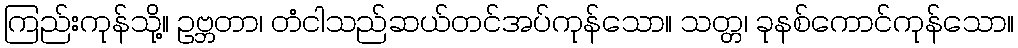
ကြည်းကုန်သို့။ ဥဗ္ဘတာ၊ တံငါသည်ဆယ်တင်အပ်ကုန်သော။ သတ္တ၊ ခုနစ်ကောင်ကုန်သော။